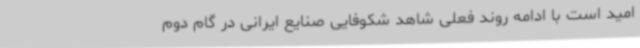
امید است با ادامه روند فعلی شاهد شکوفایی صنایع ایرانی در گام دوم